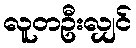
လူတဦးလျှင်